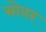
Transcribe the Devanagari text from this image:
सोवर